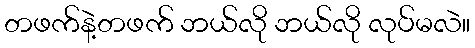
တဖက်နဲ့တဖက် ဘယ်လို ဘယ်လို လုပ်မလဲ။